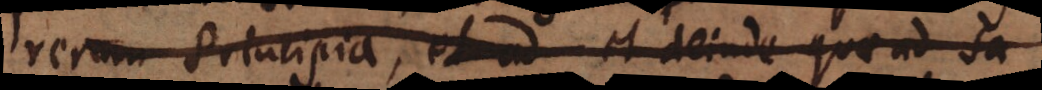
rerum Principia, et ad et deinde quae ad sa